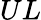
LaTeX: UL